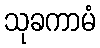
သုခကာမံ